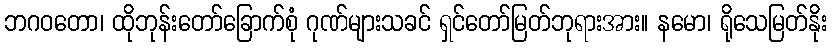
ဘဂဝတော၊ ထိုဘုန်းတော်ခြောက်စုံ ဂုဏ်များသခင် ရှင်တော်မြတ်ဘုရားအား။ နမော၊ ရိုသေမြတ်နိုး